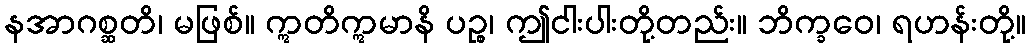
နအာဂစ္ဆတိ၊ မဖြစ်။ ဣတိဣမာနိ ပဉ္စ၊ ဤငါးပါးတို့တည်း။ ဘိက္ခဝေ၊ ရဟန်းတို့။